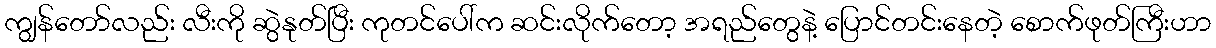
ကျွန်တော်လည်း လီးကို ဆွဲနုတ်ပြီး ကုတင်ပေါ်က ဆင်းလိုက်တော့ အရည်တွေနဲ့ ပြောင်တင်းနေတဲ့ စောက်ဖုတ်ကြီးဟာ